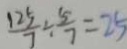
\frac { 1 2 5 } { 7 } \div \frac { 5 } { 7 } = 2 5